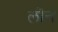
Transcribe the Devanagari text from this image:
लींनं